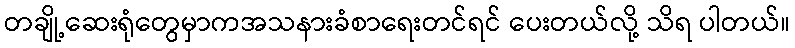
တချို့ဆေးရုံတွေမှာကအသနားခံစာရေးတင်ရင် ပေးတယ်လို့ သိရ ပါတယ်။